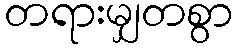
တရားမျှတစွာ